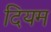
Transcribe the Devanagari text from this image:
दियम